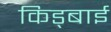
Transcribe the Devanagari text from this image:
किड्बाई